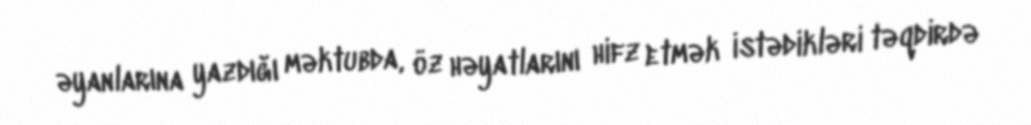
əyanlarına yazdığı məktubda, öz həyatlarını hifz etmək istədikləri təqdirdə